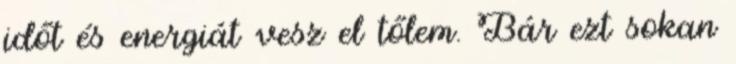
időt és energiát vesz el tőlem. Bár ezt sokan